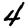
Digit: 4